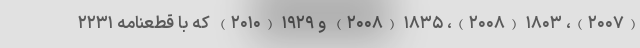
(۲۰۰۷)، ۱۸۰۳ (۲۰۰۸)، ۱۸۳۵ (۲۰۰۸) و ۱۹۲۹ (۲۰۱۰) که با قطعنامه ۲۲۳۱